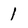
Character: 1